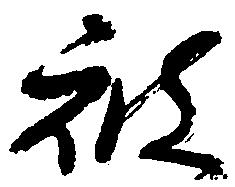
被